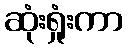
ဆုံးရှုံးကာ